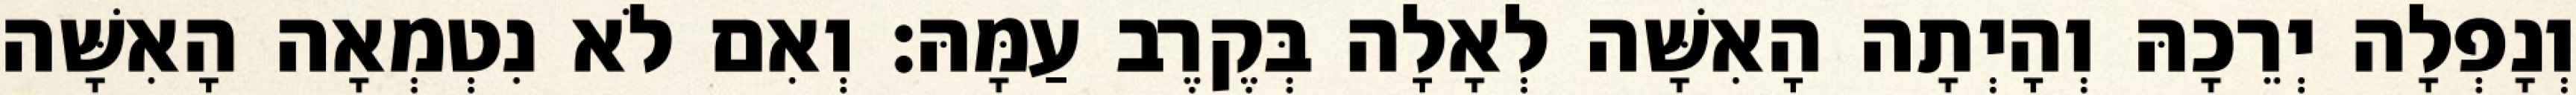
וְנָפְלָה יְרֵכָהּ וְהָיְתָה הָאִשָּׁה לְאָלָה בְּקֶרֶב עַמָּהּ׃ וְאִם לֹא נִטְמְאָה הָאִשָּׁה